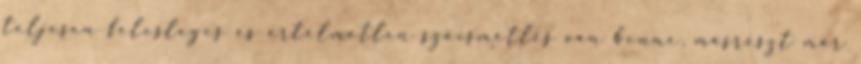
teljesen felesleges és értelmetlen szóismétlés van benne, másrészt már